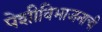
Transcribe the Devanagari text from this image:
पेशीविभाजनाची